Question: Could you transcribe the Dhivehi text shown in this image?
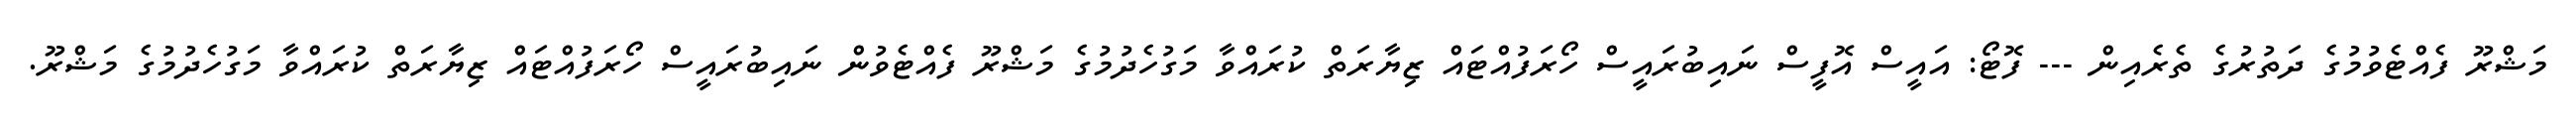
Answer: މަޝްރޫ ފެއްޓެވުމުގެ ދަތުރުގެ ތެރެއިން --- ފޮޓޯ: އައީސް އޮފީސް ނައިބުރައީސް ހޯރަފުއްޓައް ޒިޔާރަތް ކުރައްވާ މަގުހެދުމުގެ މަޝްރޫ ފެއްޓެވުން ނައިބުރައީސް ހޯރަފުއްޓައް ޒިޔާރަތް ކުރައްވާ މަގުހެދުމުގެ މަޝްރޫ.